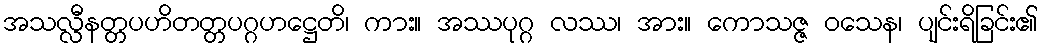
အသလ္လီနတ္တပဟိတတ္တပဂ္ဂဟဋ္ဌေတိ၊ ကား။ အဿပုဂ္ဂ လဿ၊ အား။ ကောသဇ္ဇ ဝသေန၊ ပျင်းရိခြင်း၏